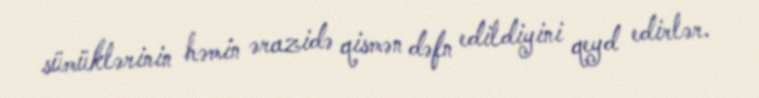
sümüklərinin həmin ərazidə qismən dəfn edildiyini qeyd edirlər.